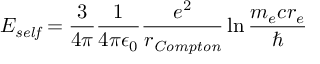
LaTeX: E _ { \it s e l f } = \frac { 3 } { 4 \pi } \frac { 1 } { 4 \pi \epsilon _ { 0 } } \frac { e ^ { 2 } } { r _ { \it C o m p t o n } } \ln \frac { m _ { e } c r _ { e } } { \hbar }